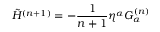
\tilde { H } ^ { ( n + 1 ) } = - \frac { 1 } { n + 1 } \eta ^ { \alpha } G _ { \alpha } ^ { ( n ) }